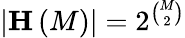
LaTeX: \vert\mathbf{H}\left(M\right)\vert=2^{\binom{M}{2}}